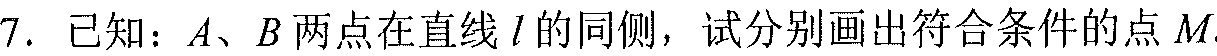
7. 已知：\(A、B\)两点在直线\(l\)的同侧，试分别画出符合条件的点\(M\)